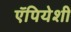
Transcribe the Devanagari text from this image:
ऍपियेशी